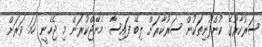
ސަރުކާރުގެ ކުންފުނިތަކުން ސަރުކާރަށް ލިބޭ ފައިސާ މެނޭޖްކުރަން މި ޖެހެނީ ހަމަ ވަރަށް